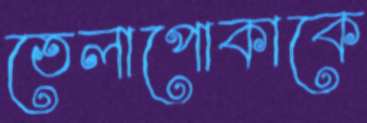
তেলাপোকাকে